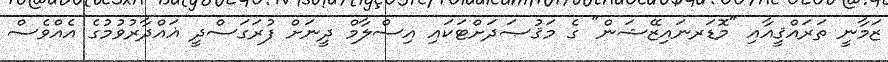
ޒަމާނީ ތަރައްޤީއާއި "މޮޑަރނައިޒޭޝަން" ގެ މަޤުޞަދަށްޓަކައި އިސްލާމް ދީނަށް ފުރަގަސްދީ ޣައްދާރުވުމުގެ އެއްވެސް